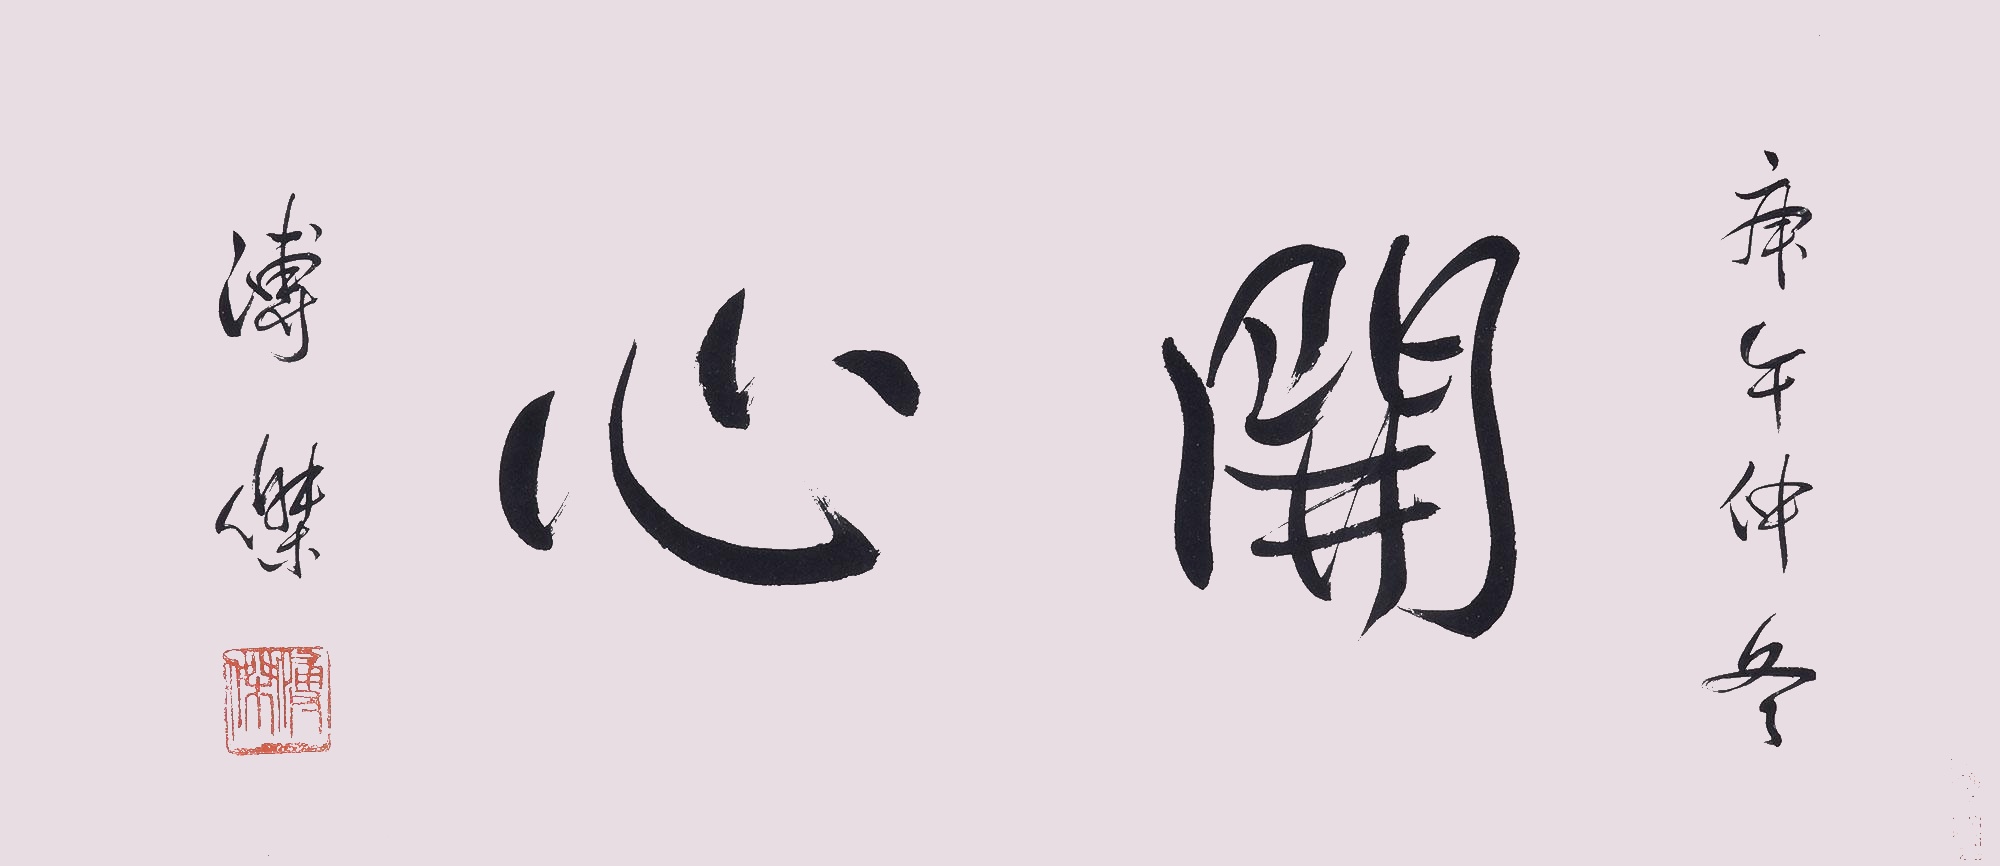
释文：开心庚午仲春，溥杰。